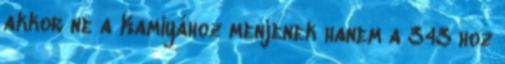
akkor ne a Kamiyához menjenek hanem a 343 hoz